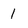
Character: 1